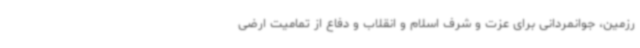
رزمین، جوانمردانی برای عزت و شرف اسلام و انقلاب و دفاع از تمامیت ارضی